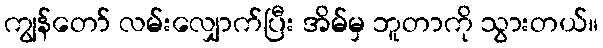
ကျွန်တော် လမ်းလျှောက်ပြီး အိမ်မှ ဘူတာကို သွားတယ်။